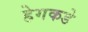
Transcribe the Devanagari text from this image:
हेगकडे